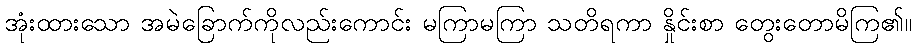
အုံးထားသော အမဲခြောက်ကိုလည်းကောင်း မကြာမကြာ သတိရကာ နှိုင်းစာ တွေးတောမိကြ၏။